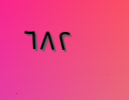
٦٨٢